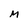
Character: M